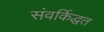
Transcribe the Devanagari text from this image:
संवर्किद्धत